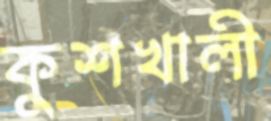
কুশখালী